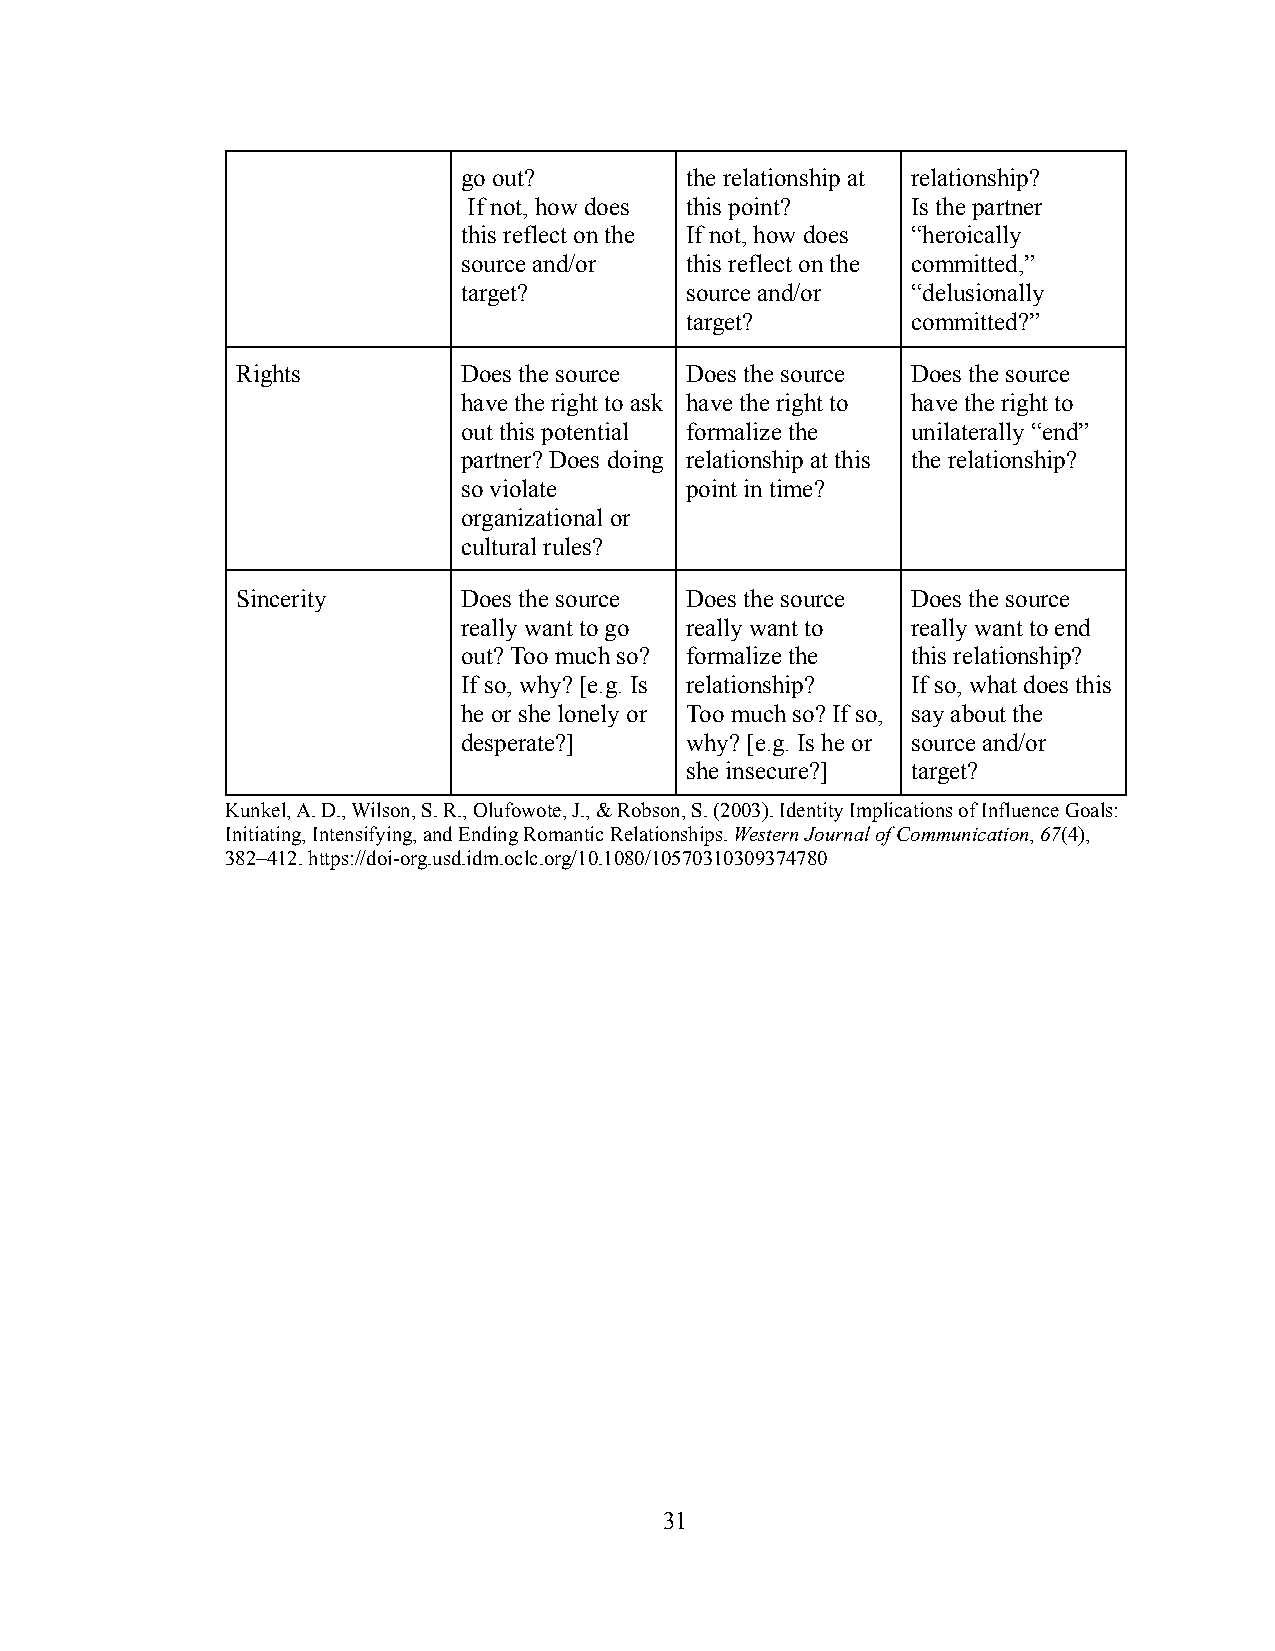
go out?       the relationship at relationship?
 If not, how does this point? Is the partner
 this reflect on the If not, how does “heroically
 source and/or this reflect on the committed,”
 target?       source and/or  “delusionally
 target?        committed?”
 Rights         Does the source Does the source Does the source
 have the right to ask have the right to have the right to
 out this potential formalize the unilaterally “end”
 partner? Does doing relationship at this the relationship?
 so violate    point in time?
 organizational or
 cultural rules?
 Sincerity      Does the source Does the source Does the source
 really want to go really want to really want to end
 out? Too much so? formalize the this relationship?
 If so, why? [e.g. Is relationship? If so, what does this
 he or she lonely or Too much so? If so, say about the
 desperate?]   why? [e.g. Is he or source and/or
 she insecure?] target?
 Kunkel, A. D., Wilson, S. R., Olufowote, J., & Robson, S. (2003). Identity Implications of Influence Goals:
 Initiating, Intensifying, and Ending Romantic Relationships.Western Journal of Communication,67(4),
 382–412. https://doi-org.usd.idm.oclc.org/10.1080/10570310309374780
 31